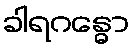
ခါရဂန္ဓော